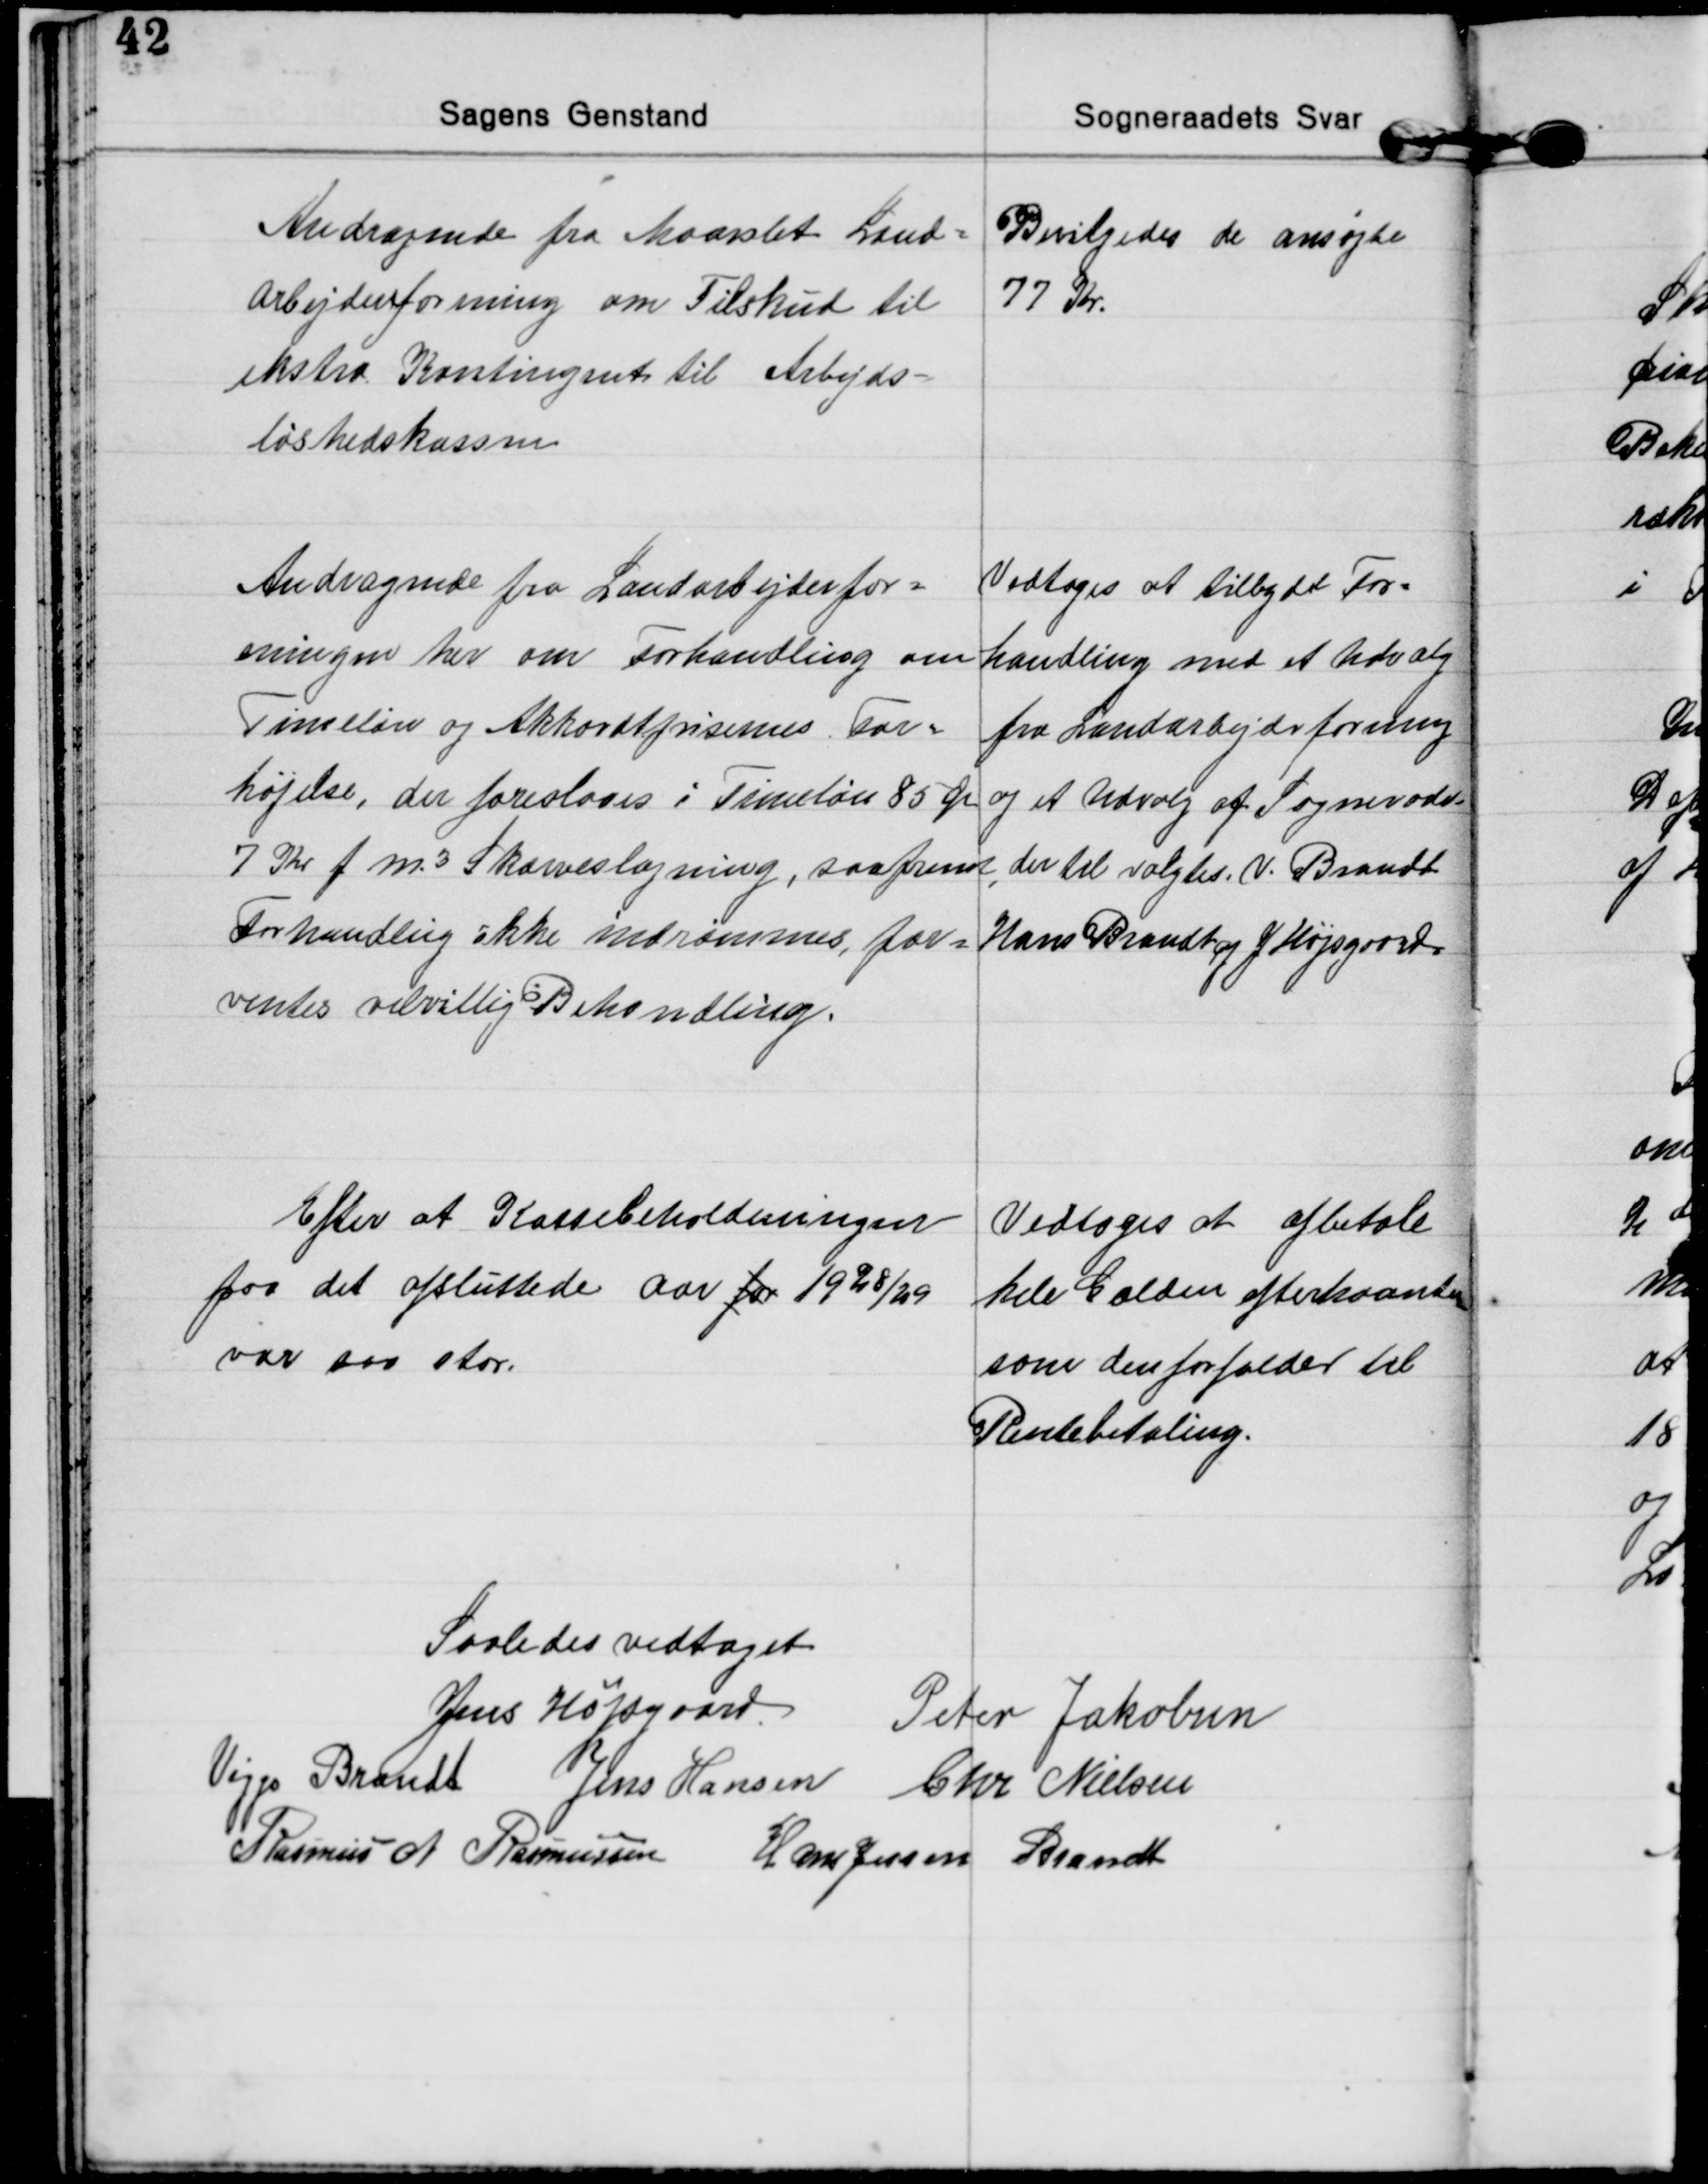
Transskription:
Andragende fra Maarslet Land=
arbejderforening om Tilskud til
ekstra Kontingent til Arbejds=
løshedskassen
Bevilgedes de ansøgte
77 Kr.

Andragende fra Landarbejderfor=
eningen her om Forhandling om
Timeløn og Akkordtprisernes For=
højelse, der foreslaaes i Timeløn 85 Ør
7 Kr f m³ Skærveslagning, saafremt
Forhandling ikke indrømmes, for=
ventes velvillig Behandling.
Vedtoges at tilbyde For=
handling med et Udvalg
fra Landarbejderforning
og et Udvalg af Sogneraadet
der til valgtes. V. Brandt
Hans Brandt og J. Højsgaard.

Efter at Kassebeholdeningen
for det afsluttede Aar for 1928/29
var saa stor.
Vedtoges at afbetale
hele Gælden efterhaanden
som den forfalder til
Rentebetaling.

Saaledes vedtaget
Jens Højsgaard Peter Jakobsen
Viggo Brandt Jens Hansen Chr. Nielsen
Rasmus A. Rasmussen Hans Jessen Brandt